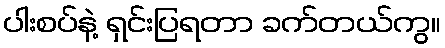
ပါးစပ်နဲ့ ရှင်းပြရတာ ခက်တယ်ကွ။